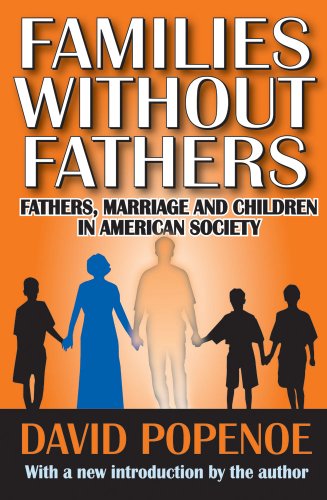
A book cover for Families Without Fathers: Fathers, Marriage and Children in American Society; David Popenoe; Parenting & Relationships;